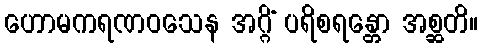
ဟောမကရဏဝသေန အဂ္ဂိံ ပရိစရန္တော အစ္ဆတိ။